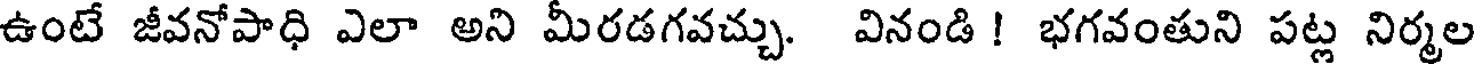
ఉంటే జీవనోపాధి ఎలా అని మీరడగవచ్చు. వినండి ! భగవంతుని పట్ల నిర్మల